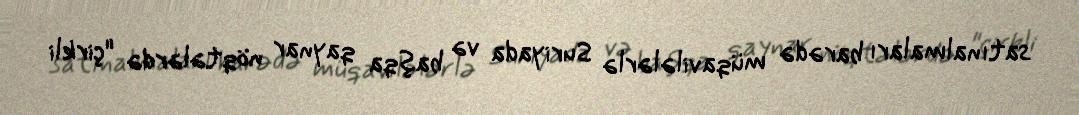
satınalmaları barədə müqavilələrlə Suriyada və başqa qaynar nöqtələrdə "çirkli